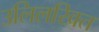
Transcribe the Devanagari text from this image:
उलिलखित